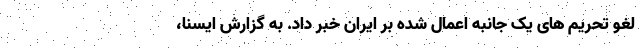
لغو تحریم های یک جانبه اعمال شده بر ایران خبر داد. به گزارش ایسنا،